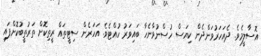
އޮސާލީމެވެ. ދެއަހަރުވަންދެން ކިޔަސް ހުސްނުވާނެހާ ބައިވަރު ހުއްޓެވެ. އަހަރެން ސިޓީތައް ރީތިކޮށް ތަރުތީބުކޮށްފައި